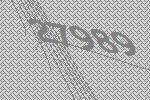
27989